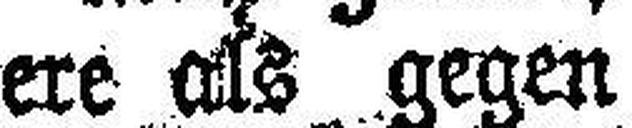
ere als gegen